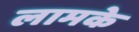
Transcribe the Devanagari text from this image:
लामके